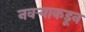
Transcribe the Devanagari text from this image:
नवऱ्याकडून